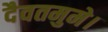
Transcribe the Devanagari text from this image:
दैवतमुमे।